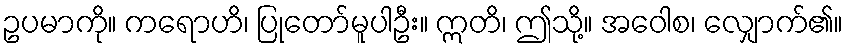
ဥပမာကို။ ကရောဟိ၊ ပြုတော်မူပါဦး။ ဣတိ၊ ဤသို့။ အဝေါစ၊ လျှောက်၏။